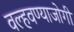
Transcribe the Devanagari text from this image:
वल्हवण्याजोगी